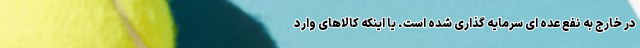
در خارج به نفع عده ای سرمایه گذاری شده است. یا اینکه کالاهای وارد